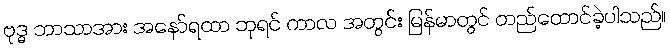
ဗုဒ္ဓ ဘာသာအား အနော်ရထာ ဘုရင် ကာလ အတွင်း မြန်မာတွင် တည်ထောင်ခဲ့ပါသည်။